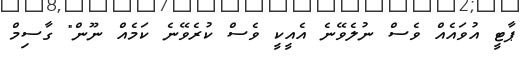
ޕާޓީ އުވައެއް ވެސް ނުލެވޭނެ އެއީކީ ވެސް ކުރެވޭނެ ކަމެއް ނޫން" ގާސިމް